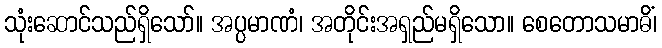
သုံးဆောင်သည်ရှိသော်။ အပ္ပမာဏံ၊ အတိုင်းအရှည်မရှိသော။ စေတောသမာဓိံ၊